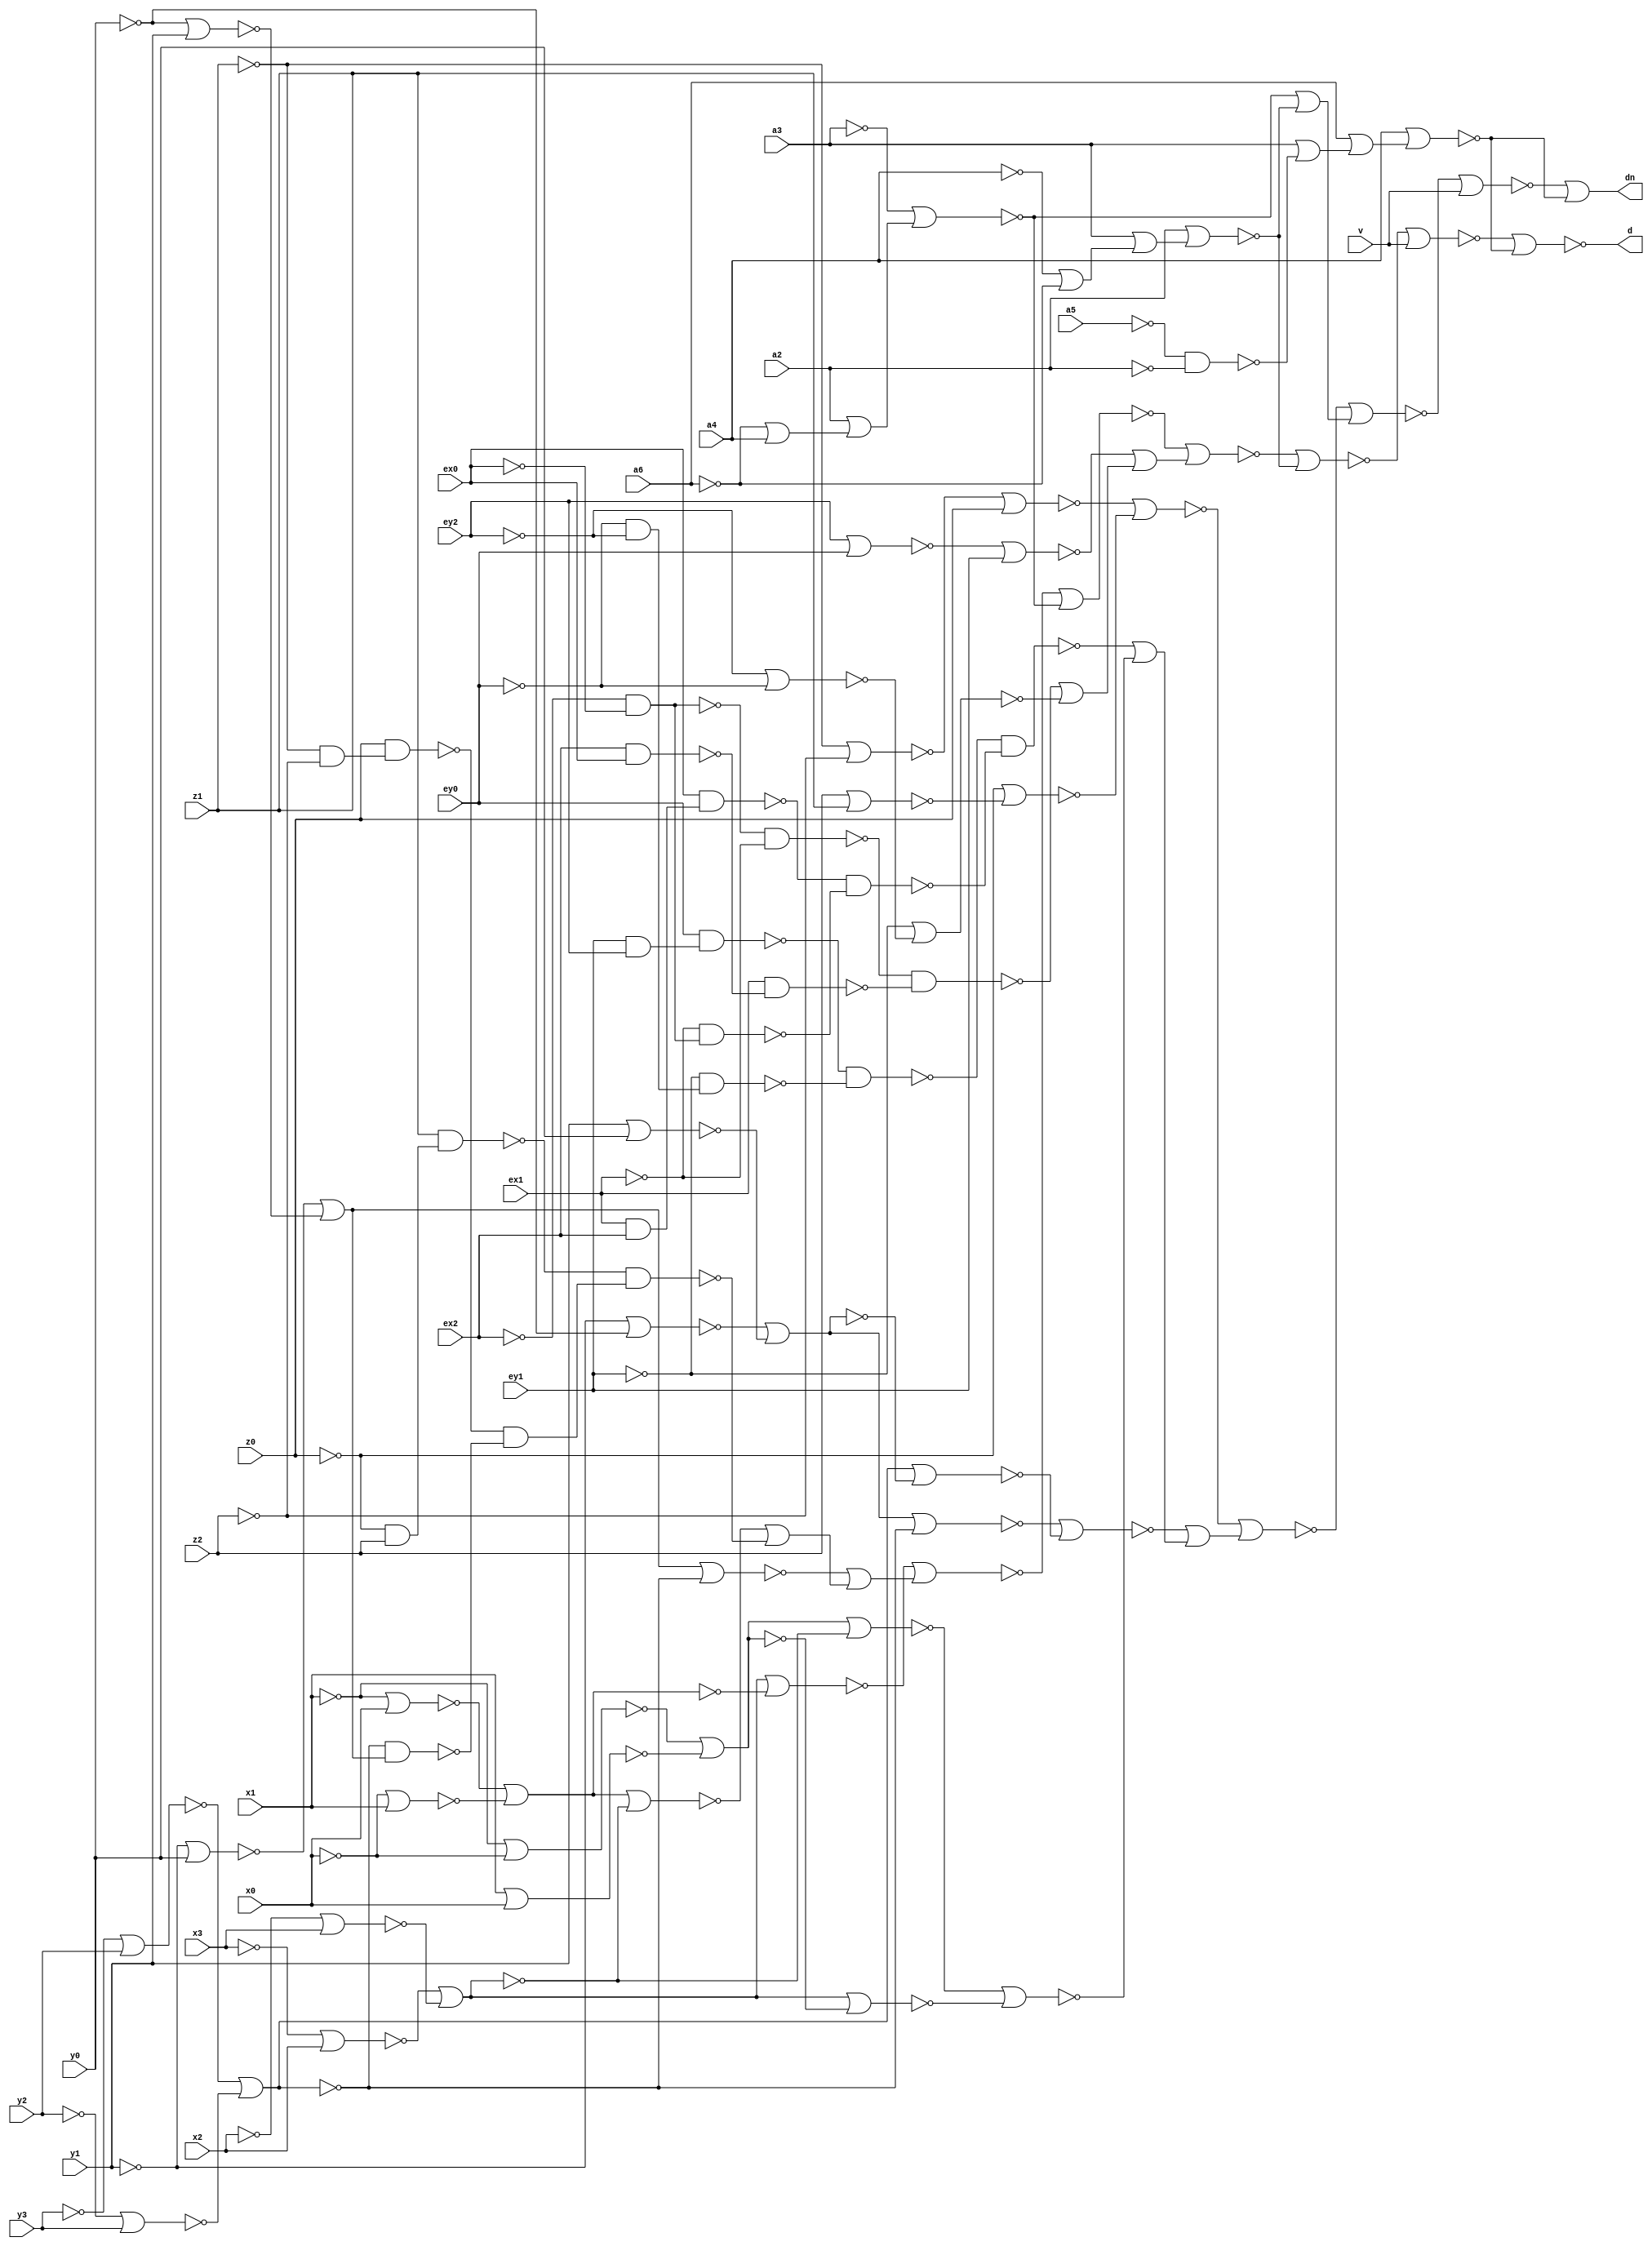
// IWLS benchmark module "cordic" printed on Wed May 29 16:31:29 2002
module cordic(a6, a4, a3, a2, a5, v, x0, x1, x2, x3, y0, y1, y2, y3, z0, z1, z2, ex0, ex1, ex2, ey0, ey1, ey2, d, dn);
input
  v,
  ex0,
  ex1,
  ex2,
  ey0,
  ey1,
  ey2,
  a2,
  a3,
  a4,
  a5,
  a6,
  x0,
  x1,
  x2,
  x3,
  y0,
  y1,
  y2,
  y3,
  z0,
  z1,
  z2;
output
  d,
  dn;
wire
  \[120] ,
  \[638] ,
  \[590] ,
  \[566] ,
  \[398] ,
  \[345] ,
  \[592] ,
  \[568] ,
  \[514] ,
  \[123] ,
  \[346] ,
  \[124] ,
  \[347] ,
  \[594] ,
  \[540] ,
  \[516] ,
  \[348] ,
  \[614] ,
  \[349] ,
  \[596] ,
  \[542] ,
  \[128] ,
  \[640] ,
  \[375] ,
  \[616] ,
  \[321] ,
  \[598] ,
  \[544] ,
  \[77] ,
  \[129] ,
  \[376] ,
  \[250] ,
  \[78] ,
  \[642] ,
  \[618] ,
  \[570] ,
  \[546] ,
  \[644] ,
  \[572] ,
  \[157] ,
  \[350] ,
  \[646] ,
  \[351] ,
  \[327] ,
  \[574] ,
  \[352] ,
  \[328] ,
  \[130] ,
  \[353] ,
  \[329] ,
  \[576] ,
  \[522] ,
  \[578] ,
  \[524] ,
  \[526] ,
  \[358] ,
  \[359] ,
  \[552] ,
  \[626] ,
  \[554] ,
  \[628] ,
  \[580] ,
  \[237] ,
  \[557] ,
  \[503] ,
  \[335] ,
  \[582] ,
  \[360] ,
  \[336] ,
  \[505] ,
  \[361] ,
  \[337] ,
  \[584] ,
  \[362] ,
  \[338] ,
  \[363] ,
  \[339] ,
  \[586] ,
  \[532] ,
  \[508] ,
  \[117] ,
  \[90] ,
  \[118] ,
  \[630] ,
  \[588] ,
  \[91] ,
  \[119] ,
  \[535] ,
  \[632] ,
  \[367] ,
  \[608] ,
  \[560] ,
  \[392] ,
  \[368] ,
  \[537] ,
  \[0] ,
  \[634] ,
  \[1] ,
  \[340] ,
  \[563] ,
  \[636] ,
  \[511] ;
assign
  \[120]  = ~\[339]  & (~\[338]  & ~\[340] ),
  \[638]  = ~x3 | ~\[361] ,
  \[590]  = ~\[566]  | ~\[368] ,
  \[566]  = ~\[367] ,
  \[398]  = ~v,
  \[345]  = ~y0,
  \[592]  = ~x2 | ~\[362] ,
  \[568]  = ~\[540]  | ~\[398] ,
  \[514]  = ~\[608]  | ~\[398] ,
  \[123]  = ~\[338]  & ~\[77] ,
  \[346]  = ~y1,
  \[124]  = ~\[78]  & ~ex1,
  \[347]  = ~\[646]  | ~\[644] ,
  \[594]  = ~x3 | ~\[361] ,
  \[540]  = ~\[570]  | (~\[508]  | ~\[505] ),
  \[516]  = ~\[618]  | (~\[616]  | (~\[237]  | ~\[614] )),
  \[348]  = ~y2,
  \[614]  = ~ey1 | ~\[522] ,
  d = \[0] ,
  \[349]  = ~y3,
  \[596]  = ~\[359]  | ~\[358] ,
  \[542]  = ~\[574]  | ~\[572] ,
  \[128]  = ~\[352]  & (~z1 & ~z2),
  \[640]  = ~x0 | ~\[359] ,
  \[375]  = ~\[586]  | ~\[584] ,
  \[616]  = ~\[524]  | ~\[335] ,
  \[321]  = ~a5 & ~a2,
  \[598]  = ~x1 | ~x0,
  \[544]  = ~\[578]  | ~\[576] ,
  \[77]  = ~\[340]  & ~\[339] ,
  \[129]  = ~\[353]  & (~z0 & ~\[351] ),
  \[376]  = ~\[582]  | ~\[580] ,
  \[250]  = ~\[129]  & (~\[128]  & ~\[130] ),
  \[78]  = ~ex2 & ~ex0,
  \[642]  = ~x1 | ~\[358] ,
  \[618]  = ~\[526]  | ~\[508] ,
  \[570]  = ~\[542]  | (~\[544]  | (~\[157]  | ~\[546] )),
  \[546]  = ~\[590]  | ~\[588] ,
  \[644]  = ~y0 | ~\[346] ,
  \[572]  = ~z0 | ~\[552] ,
  \[157]  = ~\[90]  & ~\[91] ,
  \[350]  = ~\[634]  | ~\[632] ,
  \[646]  = ~y1 | ~\[345] ,
  \[351]  = ~z2,
  \[327]  = ~a3,
  \[574]  = ~\[554]  | ~\[352] ,
  \[352]  = ~z0,
  \[328]  = ~a6,
  \[130]  = ~\[350]  & ~\[537] ,
  \[353]  = ~z1,
  \[329]  = ~a4,
  \[576]  = ~\[557]  | ~\[375] ,
  \[522]  = ~ey2 | ~ey0,
  \[578]  = ~\[560]  | ~\[376] ,
  \[524]  = ~\[337]  | ~\[336] ,
  \[526]  = ~\[628]  | (~\[626]  | (~\[630]  | ~\[250] )),
  \[358]  = ~x0,
  \[359]  = ~x1,
  \[552]  = ~\[351]  | ~\[353] ,
  dn = \[1] ,
  \[626]  = ~\[537]  | ~\[350] ,
  \[554]  = ~z1 | ~z2,
  \[628]  = ~\[532]  | ~\[360] ,
  \[580]  = ~y2 | ~\[349] ,
  \[237]  = ~\[124]  & ~\[123] ,
  \[557]  = ~\[376] ,
  \[503]  = ~\[514]  | ~\[511] ,
  \[335]  = ~ey1,
  \[582]  = ~y3 | ~\[348] ,
  \[360]  = ~\[642]  | ~\[640] ,
  \[336]  = ~ey0,
  \[505]  = ~\[392]  | (~\[327]  | (~a4 | ~a6)),
  \[361]  = ~x2,
  \[337]  = ~ey2,
  \[584]  = ~\[346]  | ~\[345] ,
  \[362]  = ~x3,
  \[338]  = ~ex1,
  \[363]  = ~\[638]  | ~\[636] ,
  \[339]  = ~ex0,
  \[586]  = ~y1 | ~y0,
  \[532]  = ~\[363] ,
  \[508]  = ~a3 | (~\[392]  | (~a6 | ~\[329] )),
  \[117]  = ~ey1 & (~ey0 & ~ey2),
  \[90]  = ~\[118]  & ~\[117] ,
  \[118]  = ~\[336]  & (~\[335]  & ~\[337] ),
  \[630]  = ~\[535]  | ~\[363] ,
  \[588]  = ~\[563]  | ~\[367] ,
  \[91]  = ~\[120]  & ~\[119] ,
  \[119]  = ~ex1 & (~ex0 & ~ex2),
  \[535]  = ~\[360] ,
  \[632]  = ~y2 | ~\[349] ,
  \[367]  = ~\[598]  | ~\[596] ,
  \[608]  = ~\[516]  | ~\[505] ,
  \[560]  = ~\[375] ,
  \[392]  = ~a2,
  \[368]  = ~\[594]  | ~\[592] ,
  \[537]  = ~\[347] ,
  \[0]  = ~\[503] ,
  \[634]  = ~y3 | ~\[348] ,
  \[1]  = ~\[568]  | ~\[511] ,
  \[340]  = ~ex2,
  \[563]  = ~\[368] ,
  \[636]  = ~x2 | ~\[362] ,
  \[511]  = ~\[329]  | (~\[328]  | (~\[327]  | ~\[321] ));
endmodule